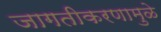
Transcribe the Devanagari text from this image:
जागतीकरणामुळे